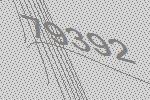
79392